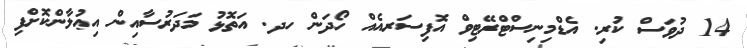
14 ދުވަސް ކުރި. އެޑްމިނިސްޓްރޭޓިވް އޮފިސަރއެއް ހޯދަން ހދ. އަތޮޅު މަދަރުސާއިން އިޢުލާންކޮށްފި